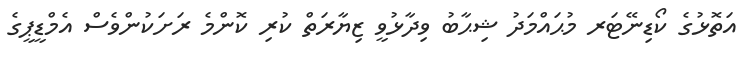
އަތޮޅުގެ ކޯޑިނޭޓަރ މުޙައްމަދު ޝިޙާބު ވިދާޅުވީ ޒިޔާރަތް ކުރި ކޮންމެ ރަށަކުންވެސް އެމްޑީޕީގެ